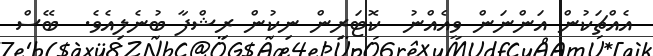
އެއްޗަކުން އަންނަން ވީއެއްނު  ކޮޓަރިން ނިކުން ރިޝްފާ ބުނެލިއެވެ.  ބޭސް